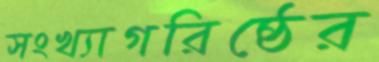
সংখ্যাগরিষ্ঠের